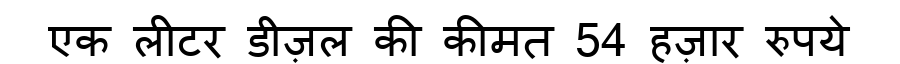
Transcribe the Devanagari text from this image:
एक लीटर डीज़ल की कीमत 54 हज़ार रुपये